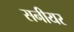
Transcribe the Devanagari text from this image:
सनीयर